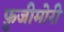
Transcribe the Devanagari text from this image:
फ़ुजीमोरी